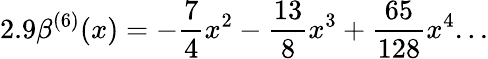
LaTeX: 2.9\beta^{(6)}(x)=-\frac{7}{4}x^{2}-\frac{13}{8}x^{3}+\frac{65}{128}x^{4}...